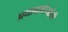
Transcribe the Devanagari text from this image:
प्रधानमंत्र्यांनी